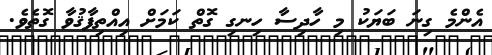
އެންމެ ގިނަ ބަޔަކު މި ހާދިސާ ހިނގި ގޮތް ކަމަށް އިއްތިފާޤުވާ ގޮތެވެ.